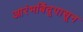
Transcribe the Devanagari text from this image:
आरंभबिंदूपासून